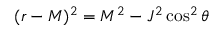
( r - M ) ^ { 2 } = M ^ { 2 } - J ^ { 2 } \cos ^ { 2 } \theta